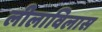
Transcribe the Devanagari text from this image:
लीलाविलास